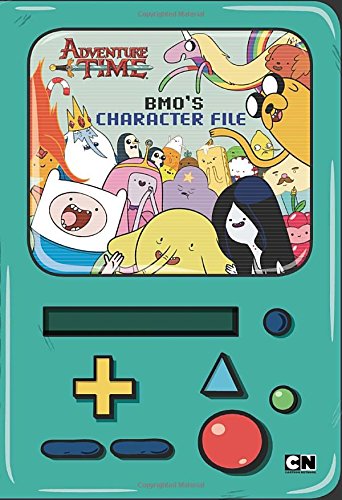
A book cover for BMO's Character File (Adventure Time); Brandon T. Snider; Children's Books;